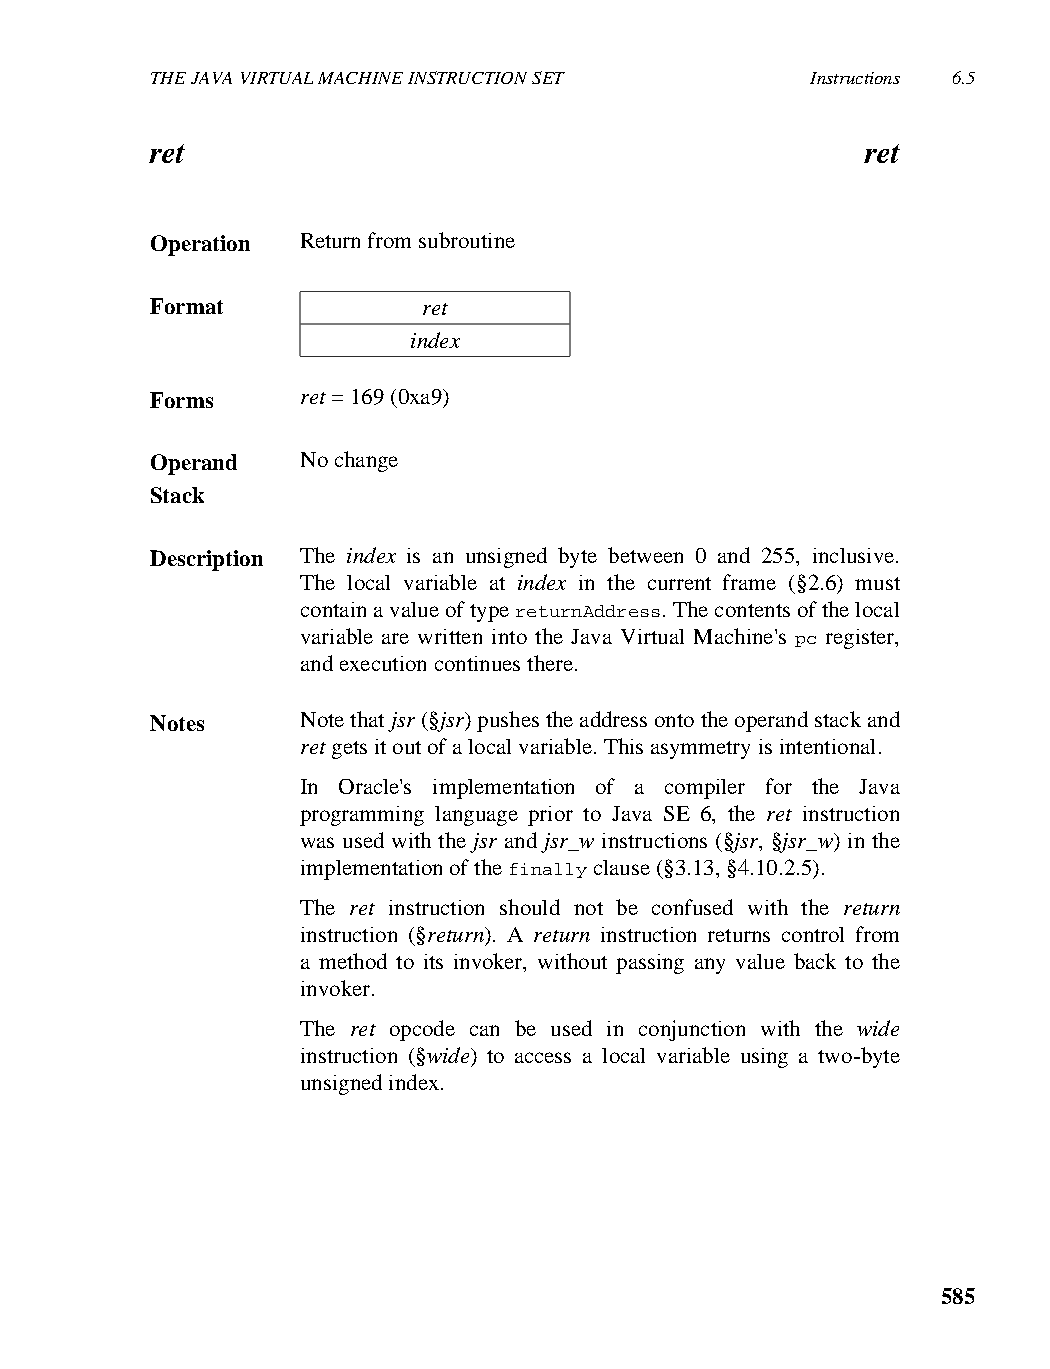
THE JAVA VIRTUAL MACHINE INSTRUCTION SET    Instructions 6.5
 ret                                            ret
 Operation Return from subroutine
 Format            ret
 index
 Forms     ret = 169 (0xa9)
 Operand   No change
 Stack
 Description The index is an unsigned byte between 0 and 255, inclusive.
 The local variable at index in the current frame (§2.6) must
 contain a value of type returnAddress. The contents of the local
 variable are written into the Java Virtual Machine's pc register,
 and execution continues there.
 Notes     Note that jsr (§jsr) pushes the address onto the operand stack and
 ret gets it out of a local variable. This asymmetry is intentional.
 In Oracle's implementation of a compiler for the Java
 programming language prior to Java SE 6, the ret instruction
 was used with the jsr and jsr_w instructions (§jsr, §jsr_w) in the
 implementation of the finally clause (§3.13, §4.10.2.5).
 The ret instruction should not be confused with the return
 instruction (§return). A return instruction returns control from
 a method to its invoker, without passing any value back to the
 invoker.
 The ret opcode can be used in conjunction with the wide
 instruction (§wide) to access a local variable using a two-byte
 unsigned index.
 585